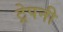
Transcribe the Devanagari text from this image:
ट्रेपनी